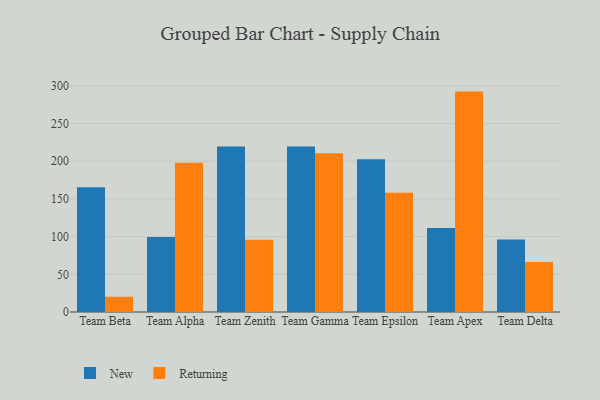
{"axis": {"x": "Team", "y": "Active Users"}, "legend": ["New", "Returning"], "data": [{"x": "Team Beta", "y": 165.4, "type": "New"}, {"x": "Team Beta", "y": 20.2, "type": "Returning"}, {"x": "Team Alpha", "y": 99.4, "type": "New"}, {"x": "Team Alpha", "y": 197.9, "type": "Returning"}, {"x": "Team Zenith", "y": 219.7, "type": "New"}, {"x": "Team Zenith", "y": 95.9, "type": "Returning"}, {"x": "Team Gamma", "y": 219.4, "type": "New"}, {"x": "Team Gamma", "y": 210.6, "type": "Returning"}, {"x": "Team Epsilon", "y": 202.8, "type": "New"}, {"x": "Team Epsilon", "y": 158.1, "type": "Returning"}, {"x": "Team Apex", "y": 111.3, "type": "New"}, {"x": "Team Apex", "y": 292.4, "type": "Returning"}, {"x": "Team Delta", "y": 96.3, "type": "New"}, {"x": "Team Delta", "y": 66.3, "type": "Returning"}]}